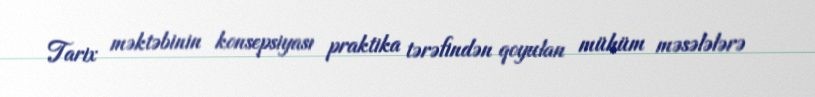
Tarix məktəbinin konsepsiyası praktika tərəfindən qoyulan mühüm məsələlərə